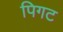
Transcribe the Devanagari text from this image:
पिगट